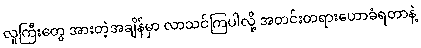
လူကြီးတွေ အားတဲ့အချိန်မှာ လာသင်ကြပါလို့ အတင်းတရားဟောခံရတာနဲ့